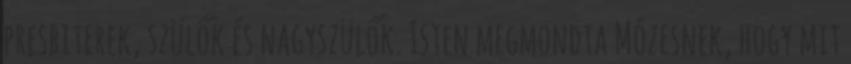
presbiterek, szülők és nagyszülők. Isten megmondta Mózesnek, hogy mit